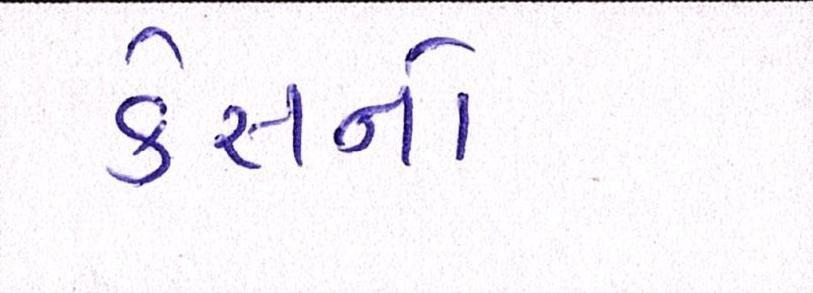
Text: કેસનો